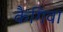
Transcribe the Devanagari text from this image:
कैगिवा